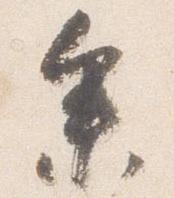
参